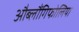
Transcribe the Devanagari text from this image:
औब्लौंगिफोलिया